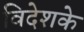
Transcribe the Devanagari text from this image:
विदेशके